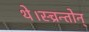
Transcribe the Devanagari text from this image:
थे।स्च्रन्तोन्